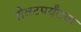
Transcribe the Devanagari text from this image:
शेवटपर्यंतचा